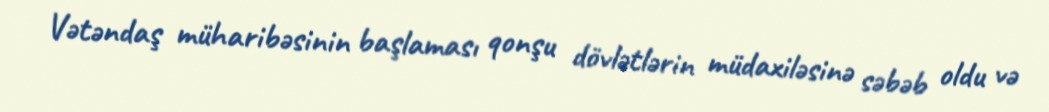
Vətəndaş müharibəsinin başlaması qonşu dövlətlərin müdaxiləsinə səbəb oldu və